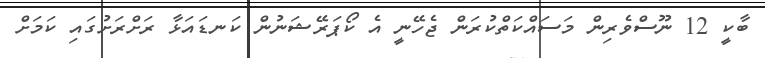
ބާކީ 12 ނޫސްވެރިން މަސައްކަތްކުރަން ޖެހޭނީ އެ ކޯޕަރޭޝަނުން ކަނޑައަޅާ ރަށްރަށުގައި ކަމަށް